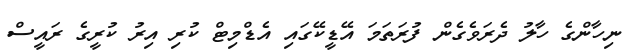
ނިހާންގެ ހާލު ދެރަވެގެން ފުރަތަމަ އޭޑީކޭގައި އެޑްމިޓް ކުރި އިރު ކުރީގެ ރައީސް